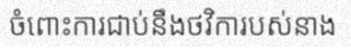
ចំពោះការជាប់នឹងថវិការបស់នាង